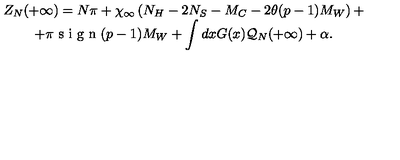
\begin{array} { c } { Z _ { N } ( + \infty ) = N \pi + \chi _ { \infty } \left( N _ { H } - 2 N _ { S } - M _ { C } - 2 \theta ( p - 1 ) M _ { W } \right) + } \\ { + \pi \textrm { s i g n } ( p - 1 ) M _ { W } + \displaystyle \int d x G ( x ) { \cal Q } _ { N } ( + \infty ) + \alpha . } \\ \end{array}